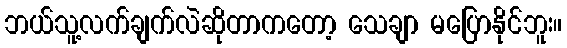
ဘယ်သူ့လက်ချက်လဲဆိုတာကတော့ သေချာ မပြောနိုင်ဘူး။